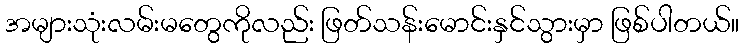
အများသုံးလမ်းမတွေကိုလည်း ဖြတ်သန်းမောင်းနှင်သွားမှာ ဖြစ်ပါတယ်။